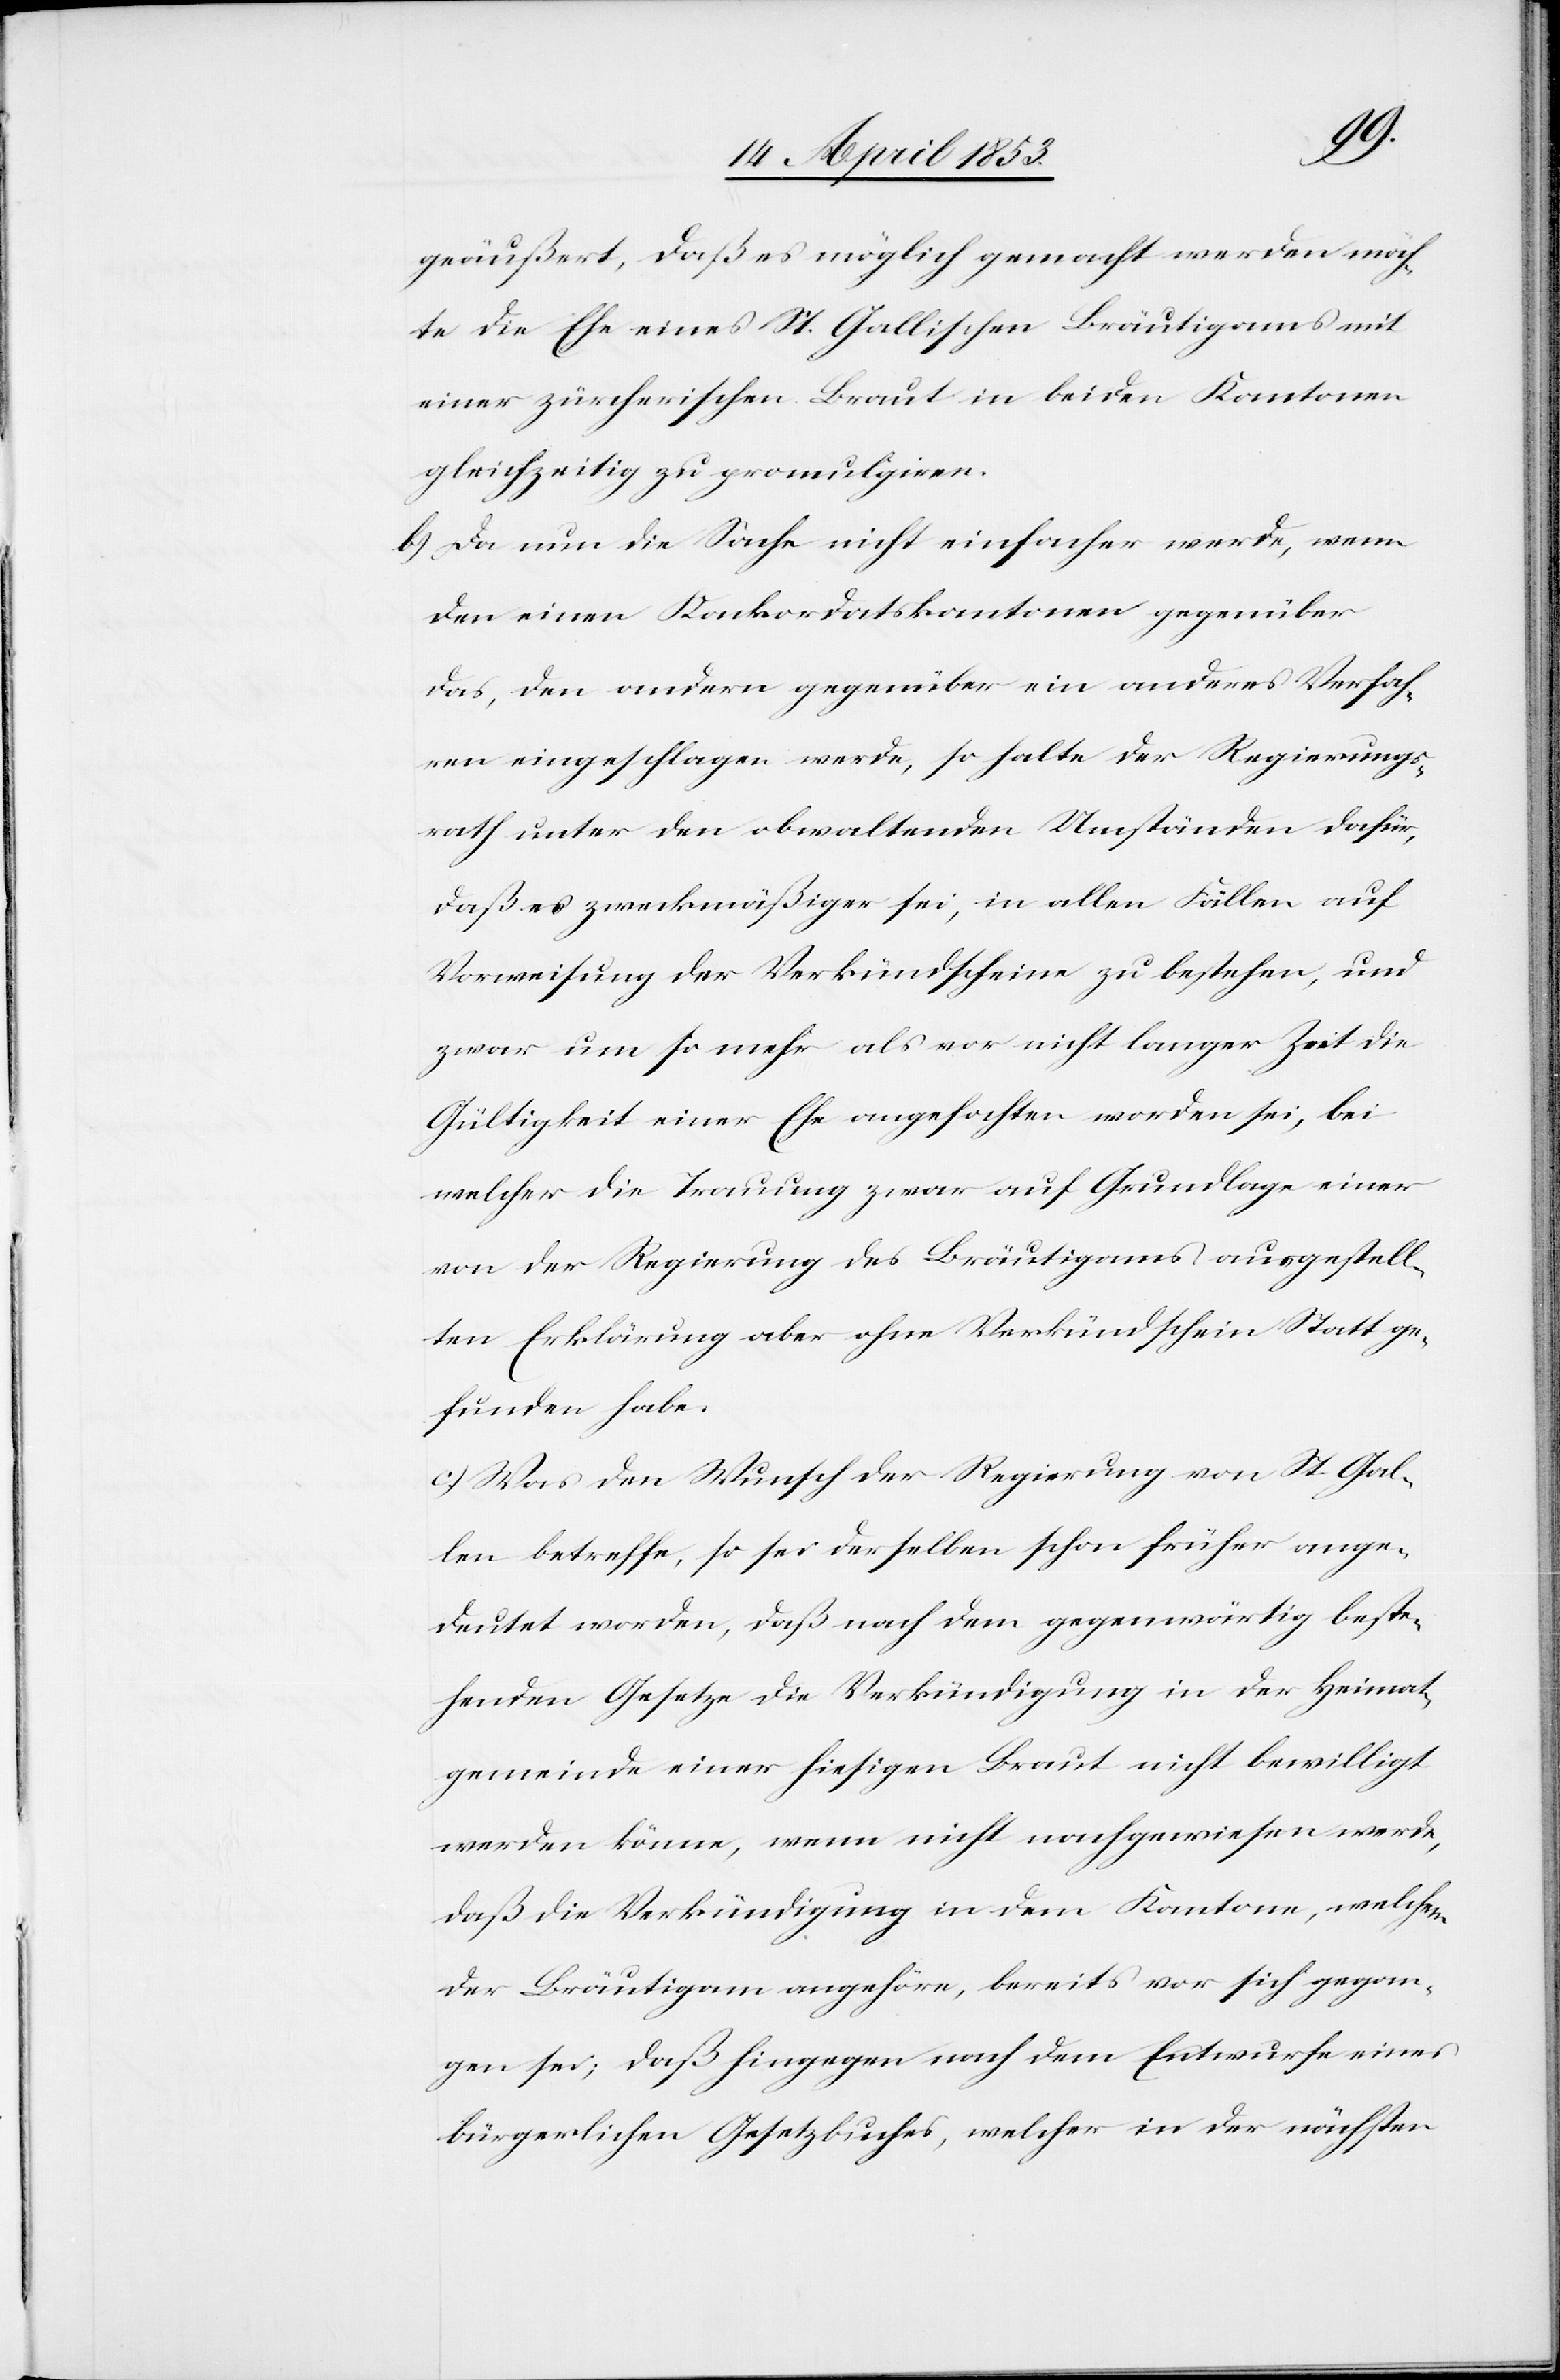
geäußert, daß es möglich gemacht werden möch¬
te die Ehe eines St. Gallischen Bräutigams mit
einer zürcherischen Braut in beiden Kantonen
gleichzeitig zu promuligiren.
b) Da nun die Sache nicht einfacher werde, wenn
den einen Konkordatskantonen gegenüber
das, den andern gegenüber ein anderes Verfah¬
ren eingeschlagen werde, so halte der Regierungs¬
rath unter den obwaltenden Umständen dafür,
daß es zweckmäßiger sei, in allen Fällen auf
Vorweisung der Verkündscheine zu bestehen, und
zwar um so mehr als vor nicht langer Zeit die
Gültigkeit einer Ehe angefochten worden sei, bei
welcher die Trauung zwar auf Grundlage einer
von der Regierung des Bräutigams ausgestell¬
ten Erklärung aber ohne Verkündschein Stattge¬
funden habe.
c) Was den Wunsch der Regierung von St. Gal¬
len betreffe, so sei derselben schon früher ange¬
deutet worden, daß nach dem gegenwärtig beste¬
henden Gesetze die Verkündigung in der Heimat¬
gemeinde einer hiesigen Braut nicht bewilligt
werden könne, wenn nicht nachgewiesen werde,
daß die Verkündigung in dem Kantone, welchem
der Bräutigam angehöre, bereits vor sich gegan¬
gen sei; daß hingegen nach dem Entwurfe eines
bürgerlichen Gesetzbuches, welcher [sic!] in der nächsten